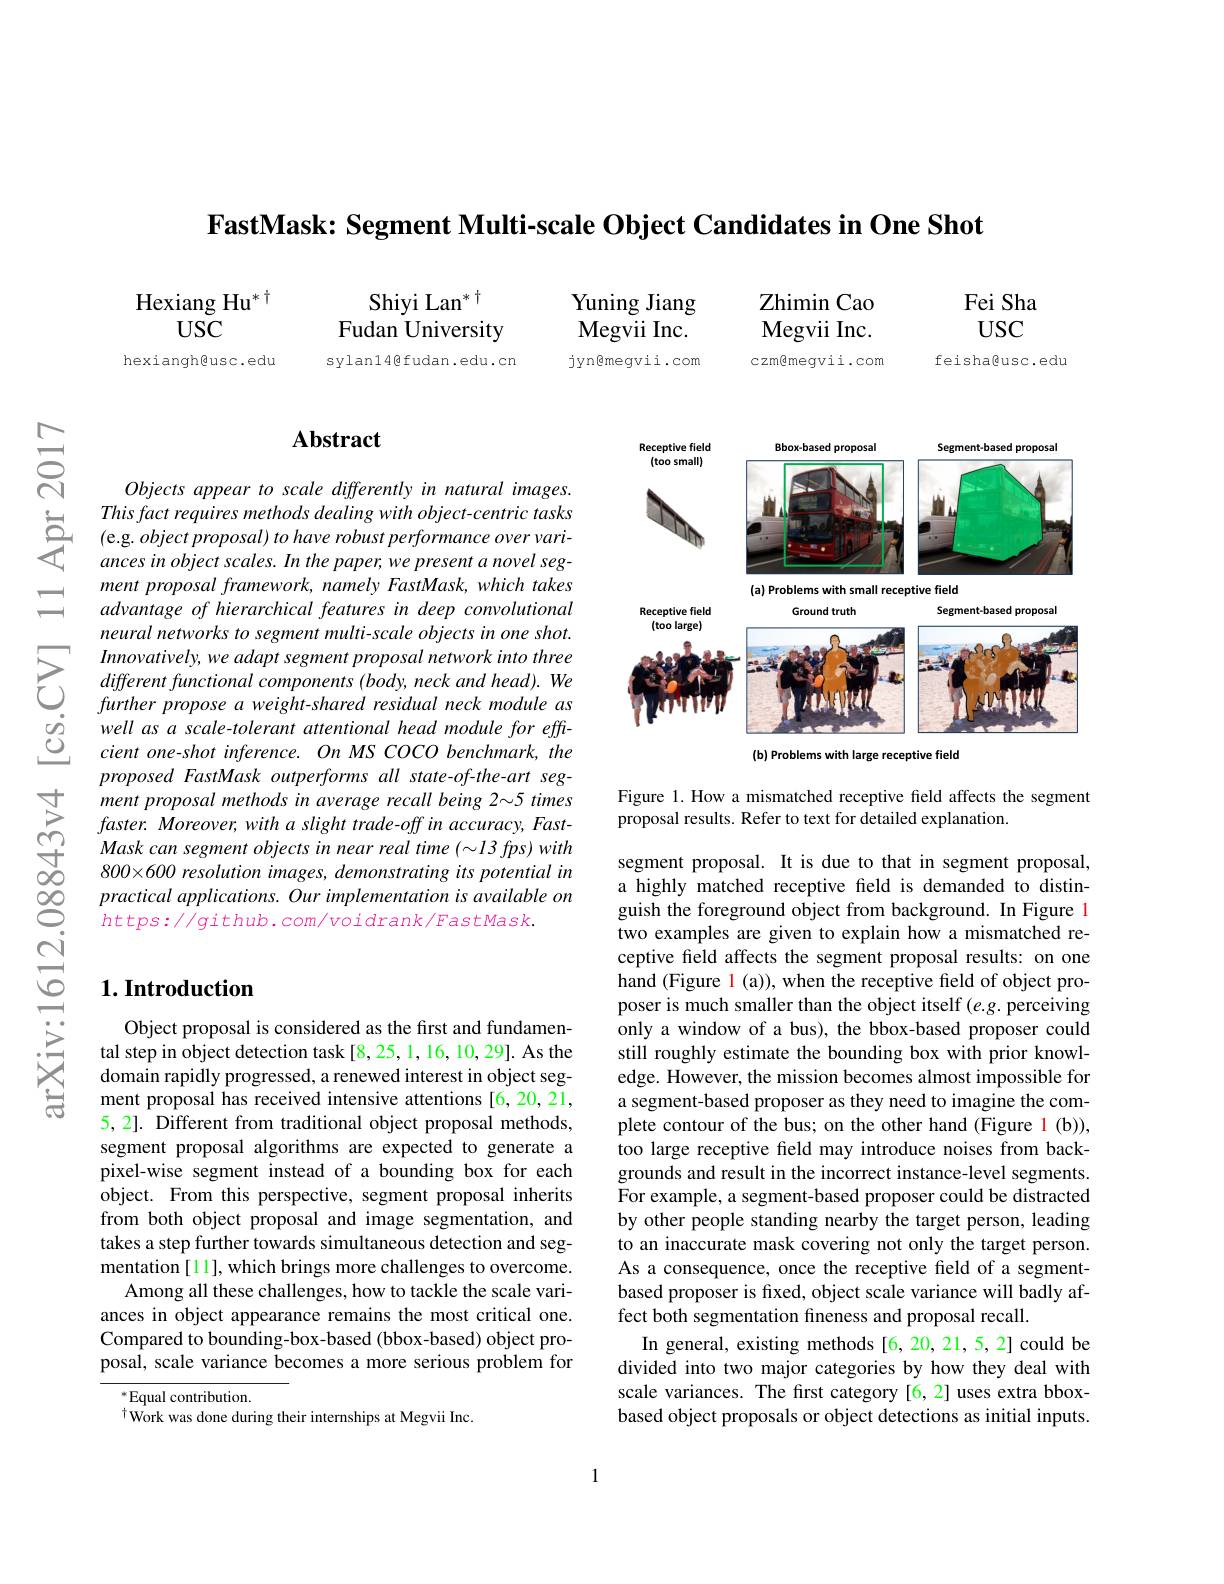
FastMask: Segment Multi-scale Object Candidates in One Shot

Hexiang Hu$^{*\dagger}$
$USC$

hexiangh@usc.edu

Shiyi Lan$^{*}$ Fudan University sylan14@fudan.edu.cn

Yuning Jiang Megvii Inc. jyn@megvii.com

Zhimin Cao Megvii Inc. czm@megvii.com

Fei Sha $USC$

feisha@usc.edu

$ਨਨੇ$

## $\mathbf{Abstract}$

Objects appear to scale differently in natural images.
$\begin{array}{ll}&\text{This fact requires methods dealing with object-centric tasks}\\&\text{(e.g. object proposal) to have robust performance over vari-}\\&\text{ances in object scales. In the paper; we present a novel seg-}\\\end{array}$
ment proposal framework, namely FastMask, which takes advantage of hierarchical features in deep convolutional neural networks to segment multi-scale objects in one shot. Innovatively, we adapt segment proposal network into three different functional components (body, neck and head). We further propose a weight-shared residual neck module as well as a scale-tolerant attentional head module for effcient one-shot inference. On MS COCO benchmark, the proposed FastMask outperforms all state-of-the-art segment proposal methods in average recall being 2\sim5 times faster. Moreover, with a slight trade-off in accuracy, Fast- $Mask\textit{can segment objects in near real time ( 13 fps) with}$ $800\times600 resolution images, demonstrating its potential in$ practical applications. Our implementation is available on $https://github.com/voidrank/FastMask.$

## $1. \textbf{Introduction}$

Object proposal is considered as the first and fundamental step in object detection task [8,25,1,16,10,29]. As the domain rapidly progressed, a renewed interest in object segment proposal has received intensive attentions [6,20,21, 5,2]. Different from traditional object proposal methods, segment proposal algorithms are expected to generate a pixel-wise segment instead of a bounding box for each object. From this perspective, segment proposal inherits from both object proposal and image segmentation, and takes a step further towards simultaneous detection and segmentation [11], which brings more challenges to overcome.
Among all these challenges, how to tackle the scale variances in object appearance remains the most critical one. Compared to bounding-box-based (bbox-based) object proposal, scale variance becomes a more serious problem for
$^*$Equal contribution.

$^{\dagger}$Work was done during their internships at Megvii Inc.

<FigureHere>

Figure 1. How a mismatched receptive field affects the segment
proposal results. Refer to text for detailed explanation.

segment proposal. It is due to that in segment proposal, a highly matched receptive feld is demanded to distinguish the foreground object from background. In Figure 1 two examples are given to explain how a mismatched receptive field affects the segment proposal results: on one hand (Figure 1 (a)), when the receptive field of object proposer is much smaller than the object itself (e.g. perceiving only a window of a bus), the bbox-based proposer could still roughly estimate the bounding box with prior knowledge. However, the mission becomes almost impossible for a segment-based proposer as they need to imagine the complete contour of the bus; on the other hand (Figure 1(b)), too large receptive field may introduce noises from backgrounds and result in the incorrect instance-level segments. For example, a segment-based proposer could be distracted by other people standing nearby the target person, leading to an inaccurate mask covering not only the target person. As a consequence, once the receptive field of a segmentbased proposer is fixed, object scale variance will badly affect both segmentation fineness and proposal recall.
In general, existing methods [6,20,21,5,2] could be divided into two major categories by how they deal with scale variances. The first category [6,2] uses extra bboxbased object proposals or object detections as initial inputs.

1